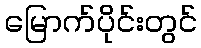
မြောက်ပိုင်းတွင်